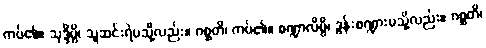
ကပ်၏။ သုဒ္ဒိမ္ပိ၊ သူဆင်းရဲမသို့လည်း။ ဂစ္ဆတိ၊ ကပ်၏။ စဏ္ဍာလိမ္ပိ၊ ဒွန်းစဏ္ဍားမသို့လည်း။ ဂစ္ဆတိ၊